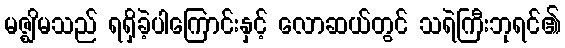
မဇ္ဈိမသည် ရရှိခဲ့ပါကြောင်းနှင့် လောဆယ်တွင် သရဲကြီးဘုရင်၏